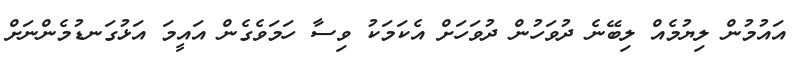
އައުމުން ލިޔުމެއް ލިބޭނެ ދުވަހުން ދުވަހަށް އެކަމަކު ވިސާ ހަމަވެގެން އައީމަ އަޅުގަނޑުމެންނަށް